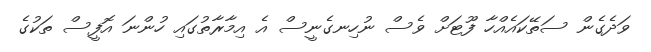
ވަދެގެން ސަތޭކައެއްހާ ފޫޓަށް ވެސް ނުހިނގެނީސް އެ އިމާރާތުގައި ހުންނަ އޮފީސް ތަކުގެ